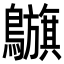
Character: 𪇥